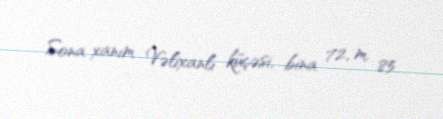
Sona xanım Vəlixanlı küçəsi, bina 72, m. 85